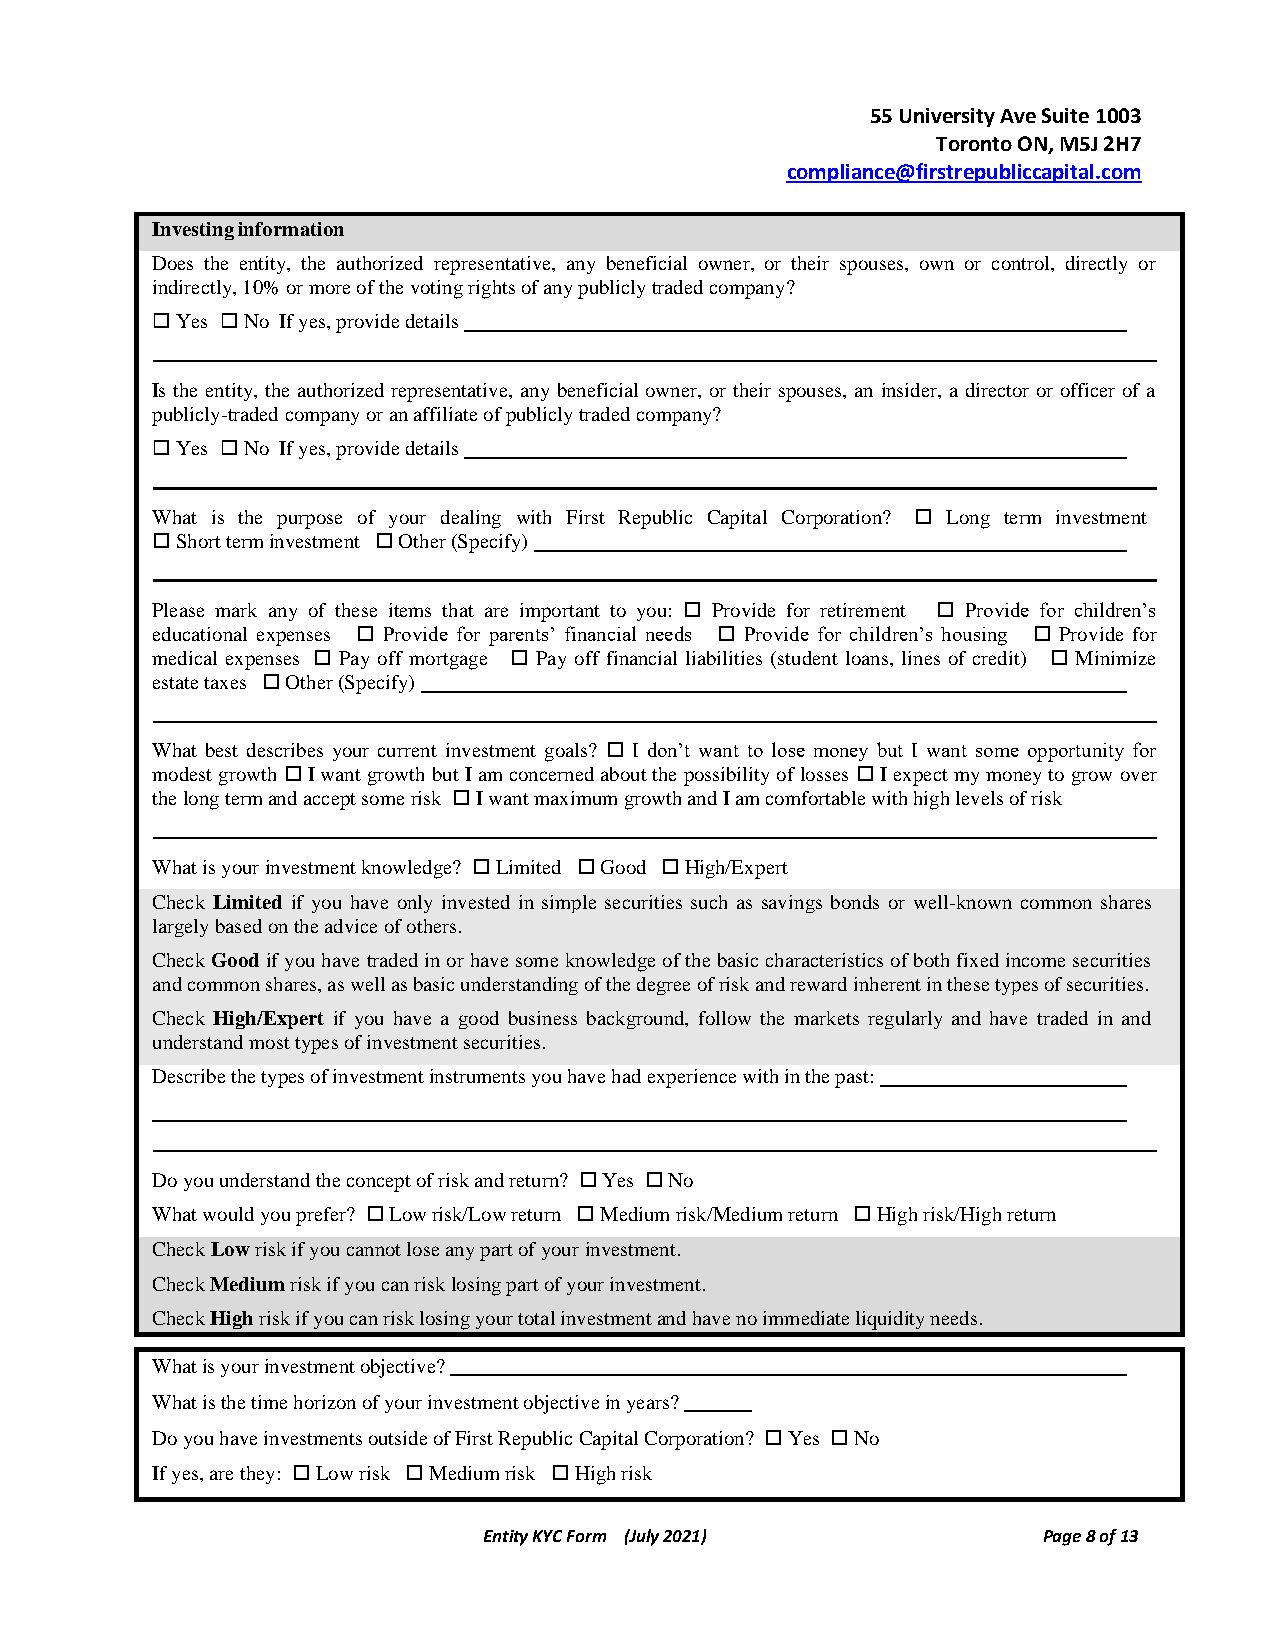
55 University Ave Suite 1003
 Toronto ON, M5J 2H7
 compliance@firstrepubliccapital.com
 Investing information
 Does the entity, the authorized representative, any beneficial owner, or their spouses, own or control, directly or
 indirectly, 10% or more of the voting rights of any publicly traded company?
  Yes  No If yes, provide details
 Is the entity, the authorized representative, any beneficial owner, or their spouses, an insider, a director or officer of a
 publicly-traded company or an affiliate of publicly traded company?
  Yes  No If yes, provide details
 What is the purpose of your dealing with First Republic Capital Corporation?  Long term investment
  Short term investment  Other (Specify)
 Please mark any of these items that are important to you:  Provide for retirement  Provide for children’s
 educational expenses  Provide for parents’ financial needs  Provide for children’s housing  Provide for
 medical expenses  Pay off mortgage  Pay off financial liabilities (student loans, lines of credit)  Minimize
 estate taxes  Other (Specify)
 What best describes your current investment goals?  I don’t want to lose money but I want some opportunity for
 modest growth  I want growth but I am concerned about the possibility of losses  I expect my money to grow over
 the long term and accept some risk  I want maximum growth and I am comfortable with high levels of risk
 What is your investment knowledge?  Limited  Good  High/Expert
 Check Limited if you have only invested in simple securities such as savings bonds or well-known common shares
 largely based on the advice of others.
 Check Good if you have traded in or have some knowledge of the basic characteristics of both fixed income securities
 and common shares, as well as basic understanding of the degree of risk and reward inherent in these types of securities.
 Check High/Expert if you have a good business background, follow the markets regularly and have traded in and
 understand most types of investment securities.
 Describe the types of investment instruments you have had experience with in the past:
 Do you understand the concept of risk and return?  Yes  No
 What would you prefer?  Low risk/Low return  Medium risk/Medium return  High risk/High return
 Check Low risk if you cannot lose any part of your investment.
 Check Medium risk if you can risk losing part of your investment.
 Check High risk if you can risk losing your total investment and have no immediate liquidity needs.
 What is your investment objective?
 What is the time horizon of your investment objective in years?
 Do you have investments outside of First Republic Capital Corporation?  Yes  No
 If yes, are they:  Low risk  Medium risk  High risk
 Entity KYC Form (July 2021)          Page 8 of 13